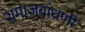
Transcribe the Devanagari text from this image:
समाजबांधणी